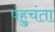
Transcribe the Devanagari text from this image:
पहुचंता